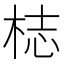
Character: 梽